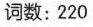
词数:220